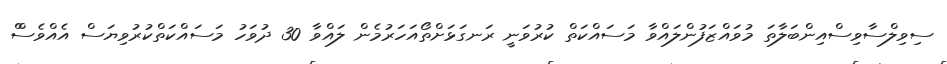
ސިވިލްސާވިސްއިންބަލާތަ މުވައްޒަފުންލައްވާ މަސައްކަތް ކުރުވަނީ ރަނގަޅަށްތޯއަހަރުމެން ލައްވާ 30 ދުވަހު މަސައްކަތްކުރުވިޔަސް އެއްވެސްް